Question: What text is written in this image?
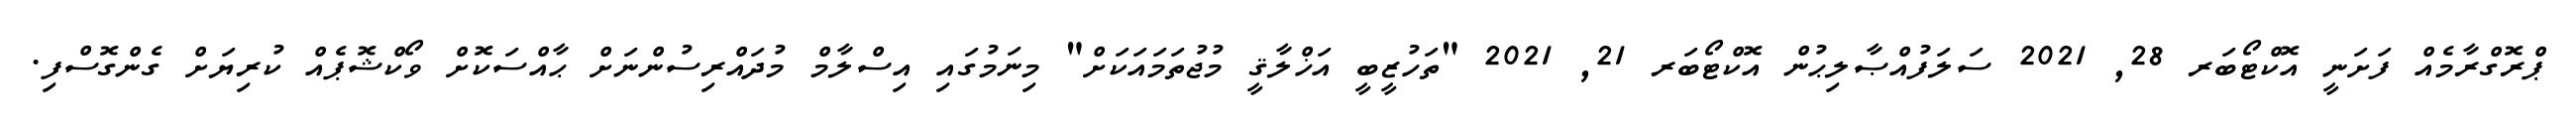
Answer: ޕްރޮގްރާމެއް ފަށަނީ އޮކްޓޯބަރ 28, 2021 ސަލަފުއްޞާލިޙުން އޮކްޓޯބަރ 21, 2021 "ތަހުޒީބީ އަޚްލާޤީ މުޖުތަމައަކަށް" މިނަމުގައި އިސްލާމް މުދައްރިސުންނަށް ޙާއްސަކޮށް ވޯކްޝޮޕެއް ކުރިޔަށް ގެންގޮސްފި.